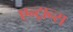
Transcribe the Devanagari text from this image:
एन्ट्रान्स